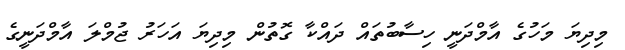
މިދިޔަ މަހުގެ އާމްދަނީ ހިސާބުތައް ދައްކާ ގޮތުން މިދިޔަ އަހަރު ޖުމްލަ އާމްދަނީގެ